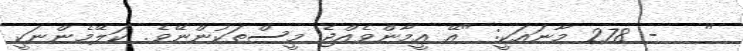
"   - 278 މާނައަކީ: "އޭ އީމާންވެއްޖެ މީސްތަކުންނޭވެ. ކަލޭމެންނަކީ